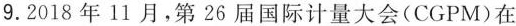
9.2018年11月，第26届国际计量大会(CGPM)在